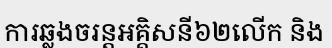
ការឆ្លងចរន្តអគ្គិសនី៦២លើក និង